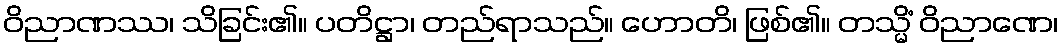
ဝိညာဏဿ၊ သိခြင်း၏။ ပတိဋ္ဌာ၊ တည်ရာသည်။ ဟောတိ၊ ဖြစ်၏။ တသ္မိံ ဝိညာဏေ၊